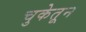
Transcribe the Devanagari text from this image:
चुकेतून